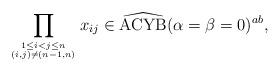
LaTeX: \begin{gather*}\prod_{1 \le i < j \le n \atop (i,j) \not= (n-1,n)} x_{ij} \in{\widehat{{\rm ACYB}}}(\alpha=\beta=0)^{ab},\end{gather*}